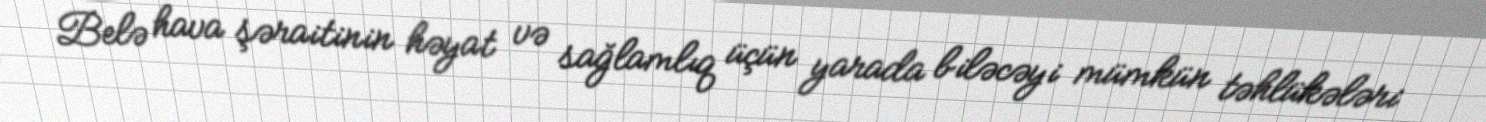
Belə hava şəraitinin həyat və sağlamlıq üçün yarada biləcəyi mümkün təhlükələri